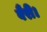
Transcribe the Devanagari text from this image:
बैरी।